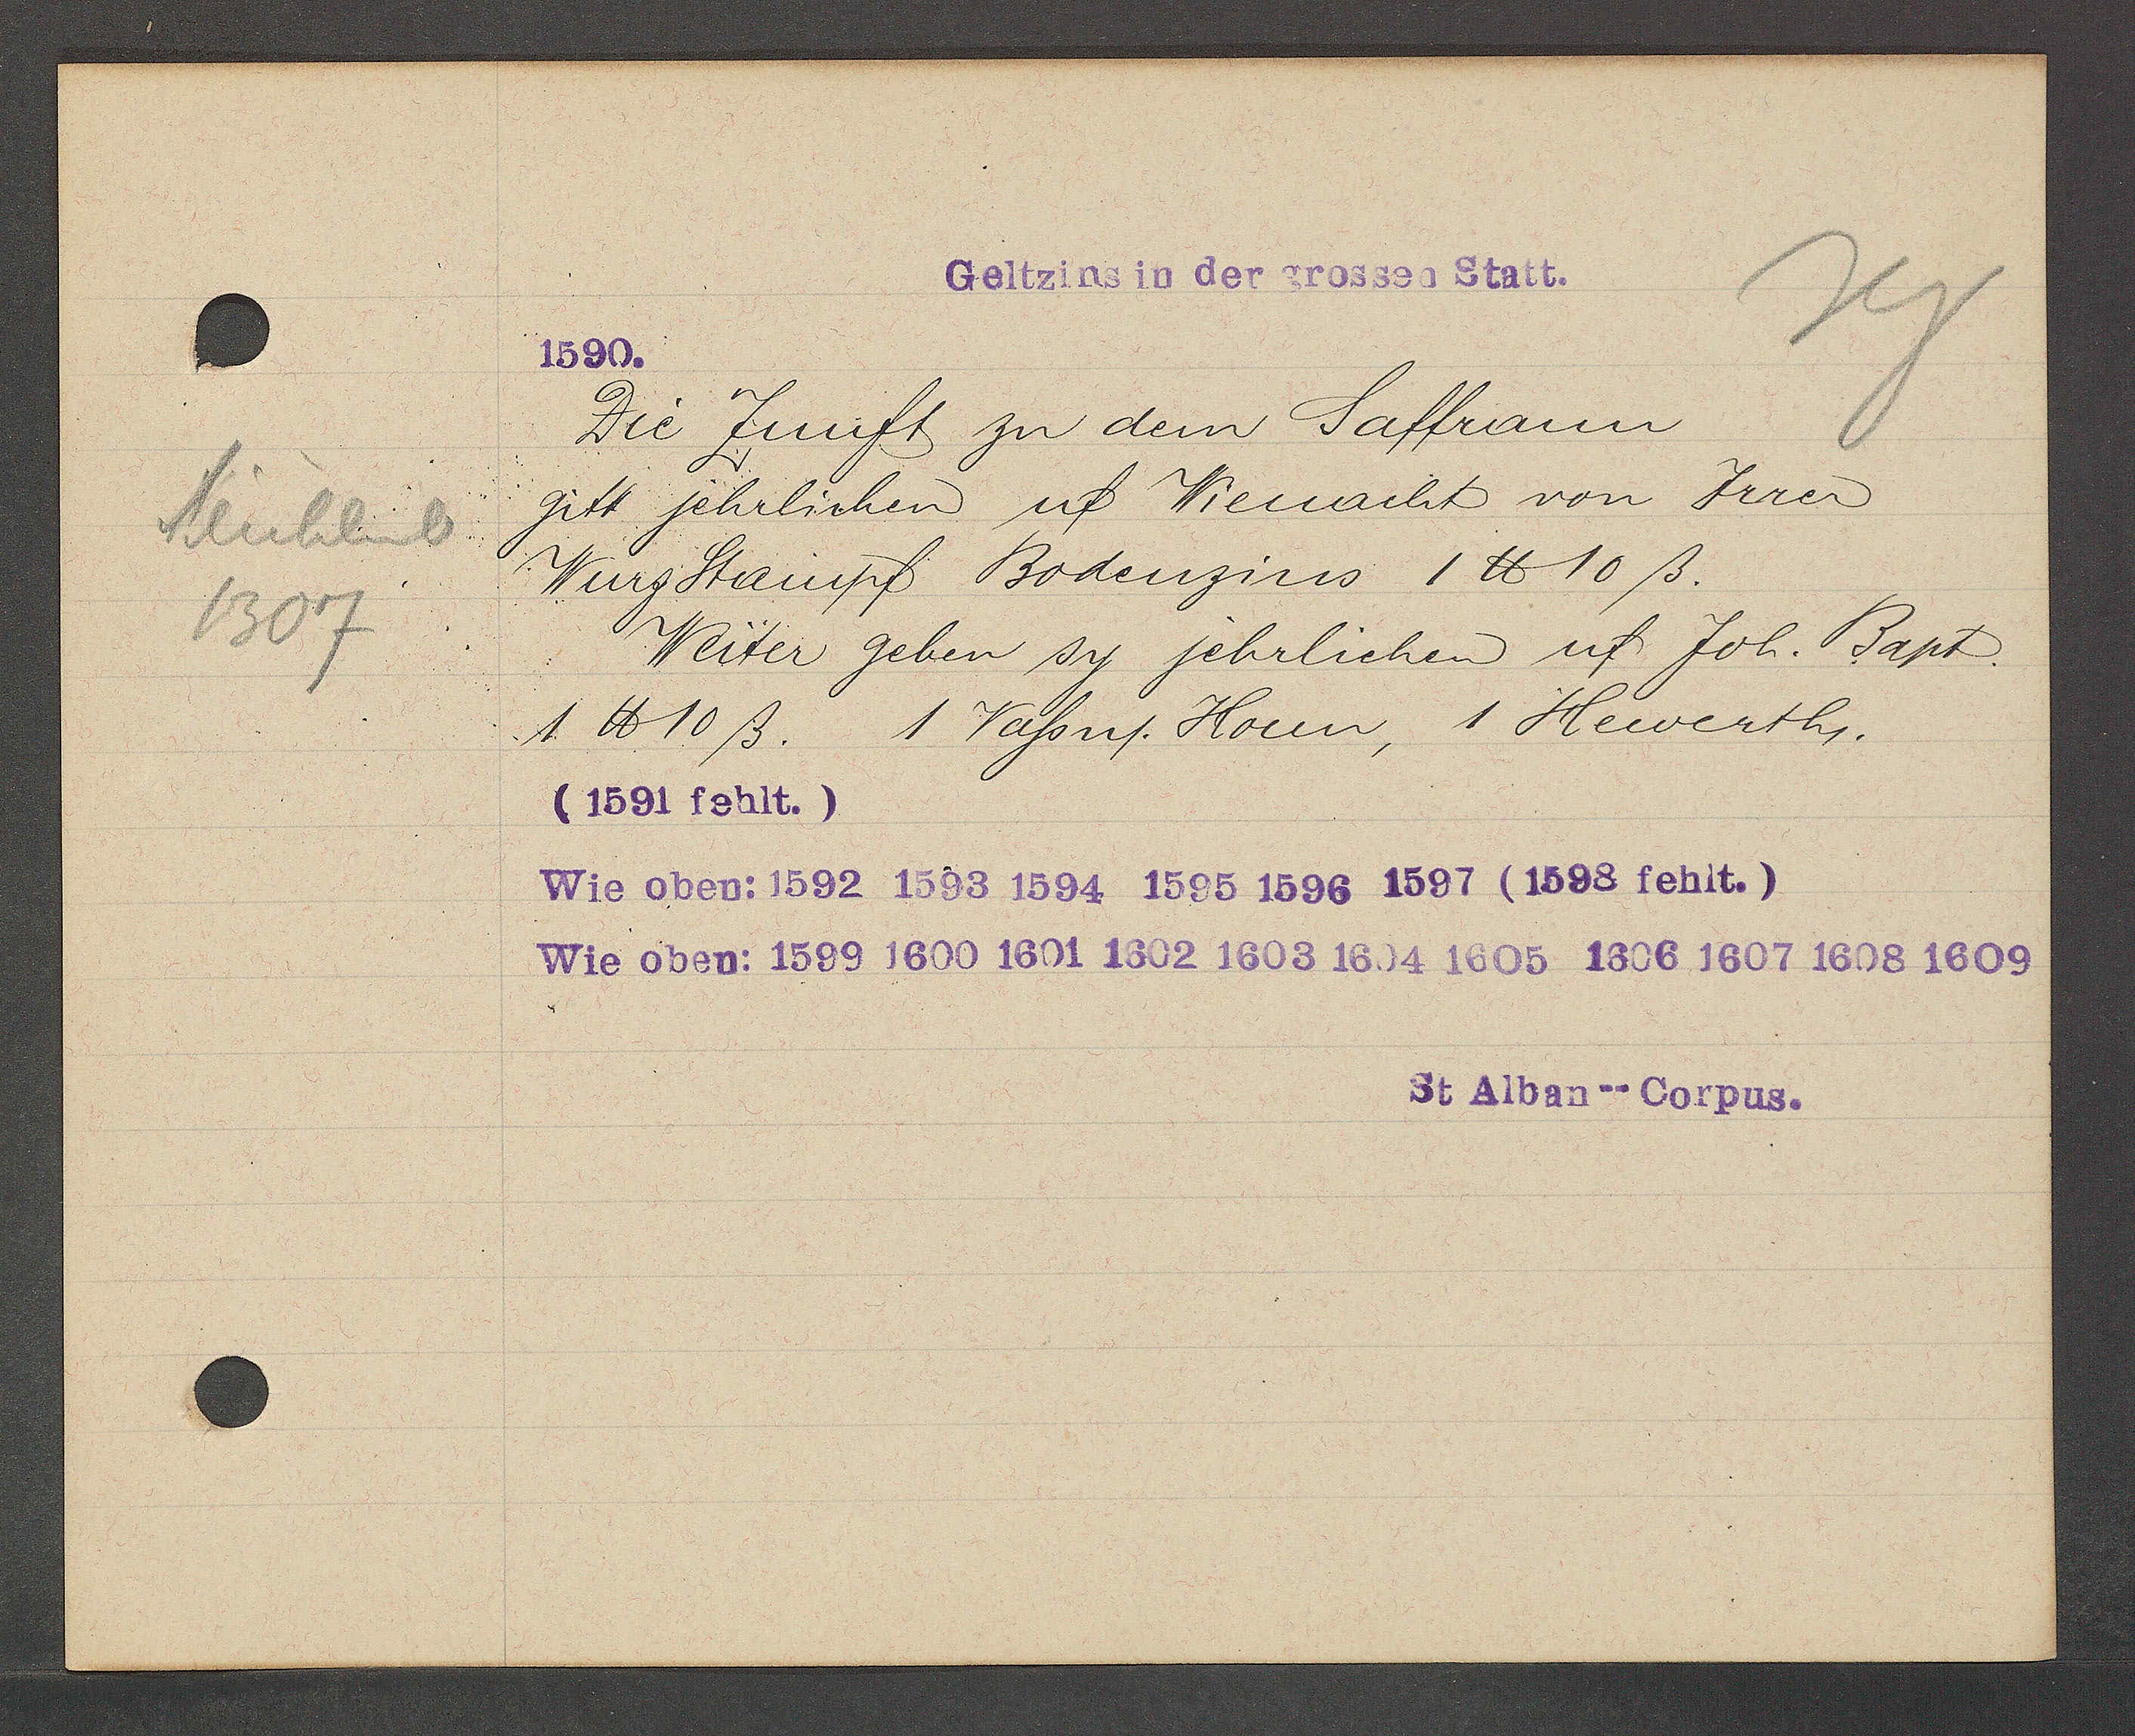
Transcript:
Mühlenb
1307

Geltzins in der grossen Statt.

1590.
Die Zunft zu dem Saffrann
gitt jehrlichen uf Wienacht von Jrrer
Wurz Stampf Bodenzins 1 ℔ 10ß.
Weiter geben sy jehrlichen uf Joh. Bapt.
1 ℔ 10 ß.
1 Vassn. Houn, 1 Hewerth.
(1591 fehlt.)
Wie oben: 1592 1593 1594 1595 1596 1597 (1693 fehlt.)
Wie oben: 1599 1600 1601 1602 1603 1604 1605 1606 1607 1608 1609

St Alban--Corpus.